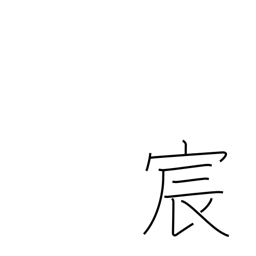
Meaning: imperial courtesy